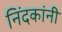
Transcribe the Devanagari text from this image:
निंदकांनी